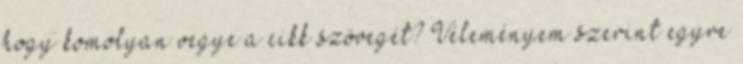
hogy komolyan vegye a cikk szövegét? Véleményem szerint egyre